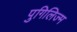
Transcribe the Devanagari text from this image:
पुगिलिज्म